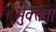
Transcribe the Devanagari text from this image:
मुक्त्तता